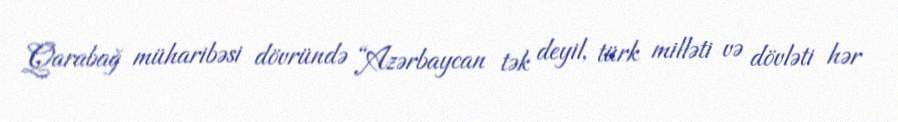
Qarabağ müharibəsi dövründə “Azərbaycan tək deyil, türk milləti və dövləti hər